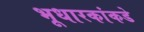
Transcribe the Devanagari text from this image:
भूधारकांकडे